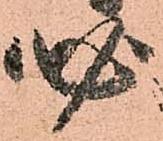
必